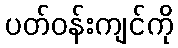
ပတ်ဝန်းကျင်ကို